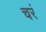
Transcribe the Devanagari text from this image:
चरं